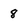
Character: 8